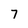
Character: 7